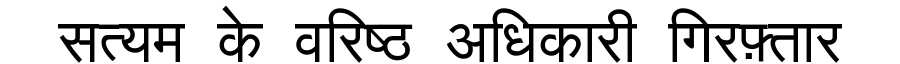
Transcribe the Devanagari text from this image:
सत्यम के वरिष्ठ अधिकारी गिरफ़्तार